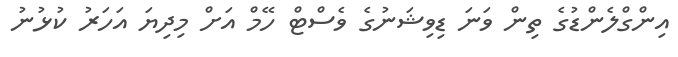
އިންގްލެންޑުގެ ތިން ވަނަ ޑިވިޝަނުގެ ވެސްޓް ހޭމް އަށް މިދިޔަ އަހަރު ކުޅުނު